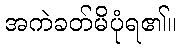
အကဲခတ်မိပုံရ၏။